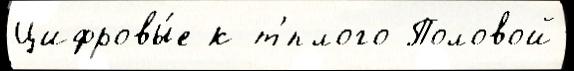
Цифровы́е к т'́плого Половой